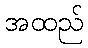
အထည်